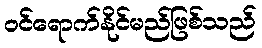
ဝင်ရောက်နိုင်မည်ဖြစ်သည်